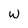
Character: W